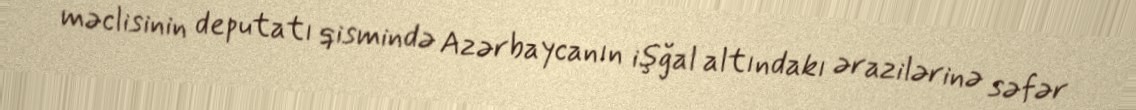
məclisinin deputatı qismində Azərbaycanın işğal altındakı ərazilərinə səfər